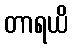
တာရယိ